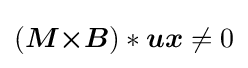
({\boldsymbol {M}}{\boldsymbol {\times }}{\boldsymbol {B}})*{\boldsymbol {ux}}\neq 0